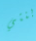
بنتي